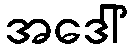
အဒေါ်